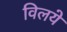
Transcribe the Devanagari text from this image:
विलये